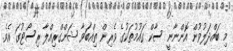
މި ބައްދަލުވުން އޮންނާނީ ސާކް ގައުމުތަކުގެ ވެރިން ތިއްބަވާ ޝަންގްރިއްލާ ރިސޯޓުގަ އެވެ.